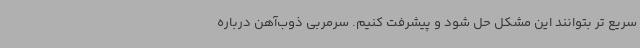
سریع تر بتوانند این مشکل حل شود و پیشرفت کنیم. سرمربی ذوب‌آهن درباره